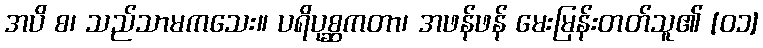
အပိ စ၊ သည်သာမကသေး။ ပရိပုစ္ဆကတာ၊ အဖန်ဖန် မေးမြန်းတတ်သူ၏ [၀၁]